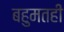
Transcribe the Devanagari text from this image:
बहुमतही